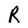
Character: R